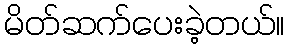
မိတ်ဆက်ပေးခဲ့တယ်။